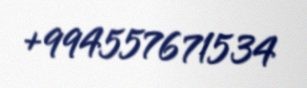
+994557671534